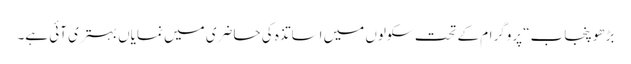
بڑھو پنجاب“ پروگرام کے تحت سکولوں میں اساتذہ کی حاضری میں نمایاں بہتری آئی ہے۔